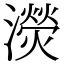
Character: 濙